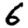
Digit: 6